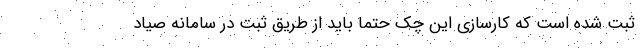
ثبت شده است که کارسازی این چک حتماً باید از طریق ثبت در سامانه صیاد